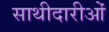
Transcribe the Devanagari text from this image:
साथीदारीओं